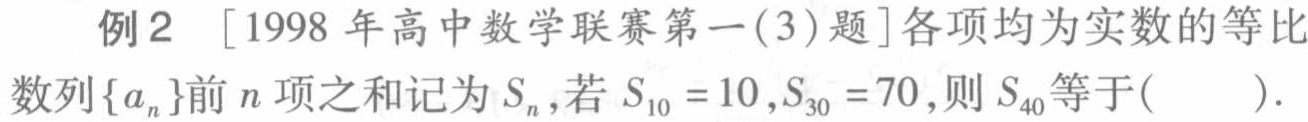
例2 [1998年高中数学联赛第一(3)题]各项均为实数的等比数列\(\{a_{n}\}\)前\(n\)项之和记为\(S_{n}\),若\(S_{10}=10,S_{30}=70\),则\(S_{40}\)等于( ).